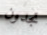
تجدون